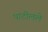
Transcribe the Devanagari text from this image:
पाटीलले